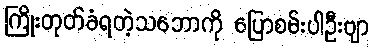
ကြိုးတုတ်ခံရတဲ့သဘောကို ပြောစမ်းပါဦးဗျာ